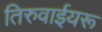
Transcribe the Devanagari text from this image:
तिरुवाईयरू